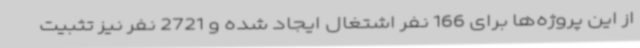
از این پروژه‌ها برای 166 نفر اشتغال ایجاد شده و 2721 نفر نیز تثبیت